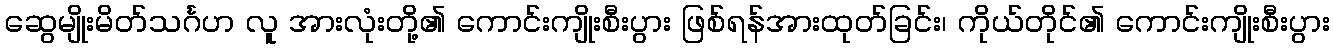
ဆွေမျိုးမိတ်သင်္ဂဟ လူ အားလုံးတို့၏ ကောင်းကျိုးစီးပွား ဖြစ်ရန်အားထုတ်ခြင်း၊ ကိုယ်တိုင်၏ ကောင်းကျိုးစီးပွား